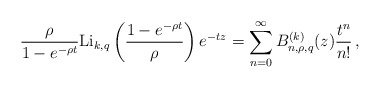
\begin{align*} \frac{\rho}{1-e^{-\rho t}}{\rm Li}_{k,q}\left(\frac{1-e^{-\rho t}}{\rho}\right)e^{-t z}=\sum_{n=0}^\infty B_{n,\rho,q}^{(k)}(z)\frac{t^n}{n!}\,, \end{align*}